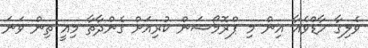
ވެލިގާ ހާޑްވެއާ އިން މި ޕްރޮމޯޝަން ކުރިއަށް ގެންދާތާ މިއީ ތިން ވަނަ